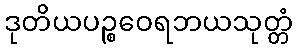
ဒုတိယပဉ္စဝေရဘယသုတ္တံ